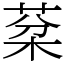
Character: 棻